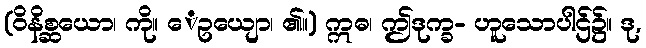
(ဝိနိစ္ဆယော၊ ကို။ ေဥယျော၊ ၏။) ဣဓ၊ ဤဒုက္ခ- ဟူသောပါဌ်၌။ ဒု,